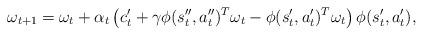
LaTeX: \begin{align*} \omega_{t+1} = \omega_t + \alpha_t \left(c_t' + \gamma \phi(s_t'', a_t'' )^T \omega_t - \phi(s_t',a_t')^T \omega_t \right) \phi(s_t', a_t'), \end{align*}